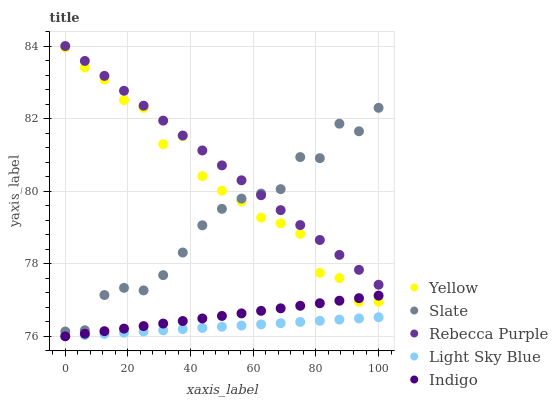
| xaxis_label | Yellow | Slate | Rebecca Purple | Light Sky Blue | Indigo |
 | --- | --- | --- | --- | --- | --- |
 | 0 | 84 | 76.1 | 84 | 76 | 76 |
 | 6.25 | 83.4 | 76.2 | 83.6 | 76 | 76.1 |
 | 12.5 | 83.1 | 77.1 | 83.2 | 76.1 | 76.1 |
 | 18.8 | 82.5 | 77.3 | 82.8 | 76.1 | 76.2 |
 | 25 | 82.3 | 77.3 | 82.4 | 76.1 | 76.3 |
 | 31.2 | 81.3 | 77.7 | 81.9 | 76.2 | 76.3 |
 | 37.5 | 81.5 | 78.3 | 81.5 | 76.2 | 76.4 |
 | 43.8 | 80.4 | 79.1 | 81.1 | 76.2 | 76.5 |
 | 50 | 80 | 79.5 | 80.7 | 76.3 | 76.6 |
 | 56.2 | 79.7 | 79.8 | 80.3 | 76.3 | 76.6 |
 | 62.5 | 79.3 | 79.9 | 79.9 | 76.3 | 76.7 |
 | 68.8 | 79.1 | 80.1 | 79.5 | 76.4 | 76.8 |
 | 75 | 78.8 | 80.9 | 79.1 | 76.4 | 76.8 |
 | 81.2 | 77.7 | 80.9 | 78.7 | 76.4 | 76.9 |
 | 87.5 | 77.6 | 81.9 | 78.2 | 76.5 | 77 |
 | 93.8 | 76.9 | 81.6 | 77.8 | 76.5 | 77 |
 | 100 | 77 | 82.3 | 77.4 | 76.5 | 77.1 |